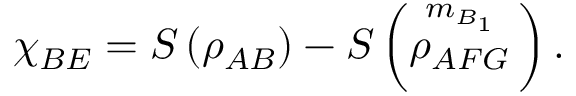
{ { \chi } _ { B E } } = S \left( { { \rho } _ { A B } } \right) - S \left( \overset { { { m } _ { B _ { 1 } } } } { \mathop { { { \rho } _ { A F G } } } } \, \right) .